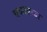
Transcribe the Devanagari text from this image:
चघळाव्या